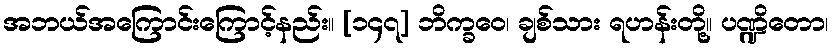
အဘယ်အကြောင်းကြောင့်နည်း။ [၁၄၇] ဘိက္ခဝေ၊ ချစ်သား ရဟန်းတို့။ ပဏ္ဍိတော၊